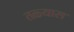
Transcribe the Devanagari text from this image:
तळ्यास